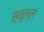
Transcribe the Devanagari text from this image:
स्कूल्लं